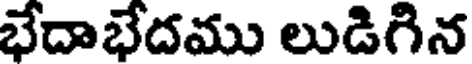
భేదాభేదము లుడిగిన